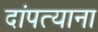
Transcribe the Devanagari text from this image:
दांपत्याना